Document type: Grant of rights
Year: 1280
Scribe: Pere Marc
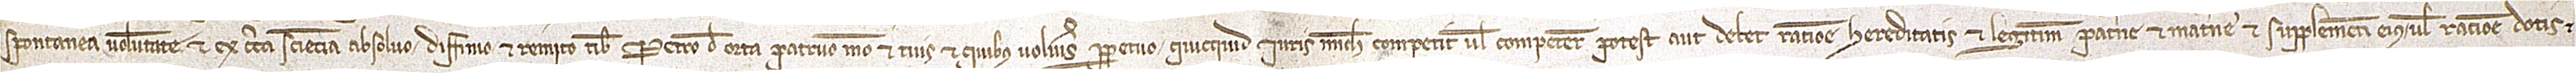
spontanea voluntate et ex certa sciencia absolvo, diffinio et remito tibi Petro de Orta, patruo meo, et tuis et quibus volueris perpetuo quicquid iuris michi competint vel competere potest aut debet ratione hereditatis et legitime paterne et materne et supplementi eius vel ratione dotis et